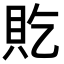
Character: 𫎐